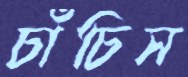
চাঁচিস